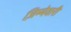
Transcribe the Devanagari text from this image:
ज़िम्मेवारी